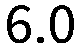
6.0